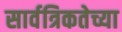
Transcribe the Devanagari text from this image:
सार्वत्रिकतेच्या